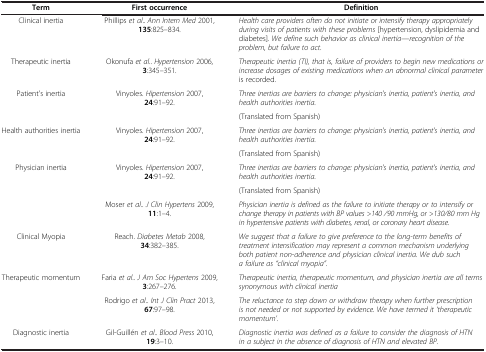
<table><thead><tr><td><b>Term</b></td><td><b>First occurrence</b></td><td><b>Definition</b></td></tr></thead><tbody><tr><td>Clinical inertia</td><td>Phillips <i>et al</i>.. <i>Ann Intern Med</i> 2001,<b>135</b>:825–834.</td><td><i>Health care providers often do not initiate or intensify therapy appropriately during visits of patients with these problems</i> [hypertension, dyslipidemia and diabetes]<i>. We define such behavior as clinical inertia—recognition of the problem, but failure to act.</i></td></tr><tr><td>Therapeutic inertia</td><td>Okonufa <i>et al</i>.. <i>Hypertension</i> 2006,<b>3</b>:345–351.</td><td><i>Therapeutic inertia (TI), that is, failure of providers to begin new medications or increase dosages of existing medications when an abnormal clinical parameter is recorded.</i></td></tr><tr><td rowspan="2">Patient&#x27;s inertia</td><td rowspan="2">Vinyoles. <i>Hipertension</i> 2007,<b>24</b>:91–92.</td><td><i>Three inertias are barriers to change: physician&#x27;s inertia, patient&#x27;s inertia, and health authorities inertia.</i></td></tr><tr><td>(Translated from Spanish)</td></tr><tr><td rowspan="2">Health authorities inertia</td><td rowspan="2">Vinyoles. <i>Hipertension</i> 2007,<b>24</b>:91–92.</td><td><i>Three inertias are barriers to change: physician&#x27;s inertia, patient&#x27;s inertia, and health authorities inertia.</i></td></tr><tr><td>(Translated from Spanish)</td></tr><tr><td rowspan="3">Physician inertia</td><td rowspan="2">Vinyoles. <i>Hipertension</i> 2007,<b>24</b>:91–92.</td><td><i>Three inertias are barriers to change: physician&#x27;s inertia, patient&#x27;s inertia, and health authorities inertia.</i></td></tr><tr><td>(Translated from Spanish)</td></tr><tr><td>Moser <i>et al</i>.. <i>J Clin Hypertens</i> 2009,<b>11</b>:1–4.</td><td><i>Physician inertia is defined as the failure to initiate therapy or to intensify or change therapy in patients with BP values &gt;140 ⁄90 mmHg, or &gt;130⁄80 mm Hg in hypertensive patients with diabetes, renal, or coronary heart disease.</i></td></tr><tr><td>Clinical Myopia</td><td>Reach. <i>Diabetes Metab</i> 2008,<b>34</b>:382–385.</td><td><i>We suggest that a failure to give preference to the long-term benefits of treatment intensification may represent a common mechanism underlying both patient non-adherence and physician clinical inertia. We dub such a failure as “clinical myopia”.</i></td></tr><tr><td rowspan="2">Therapeutic momentum</td><td>Faria <i>et al</i>.. <i>J Am Soc Hypertens</i> 2009,<b>3</b>:267–276.</td><td><i>Therapeutic inertia, therapeutic momentum, and physician inertia are all terms synonymous with clinical inertia</i></td></tr><tr><td>Rodrigo <i>et al</i>.. <i>Int J Clin Pract</i> 2013,<b>67</b>:97–98.</td><td><i>The reluctance to step down or withdraw therapy when further prescription is not needed or not supported by evidence. We have termed it ‘therapeutic momentum’.</i></td></tr><tr><td>Diagnostic inertia</td><td>Gil-Guillén <i>et al</i>.. <i>Blood Press</i> 2010,<b>19</b>:3–10.</td><td><i>Diagnostic inertia was defined as a failure to consider the diagnosis of HTN in a subject in the absence of diagnosis of HTN and elevated BP.</i></td></tr></tbody></table>